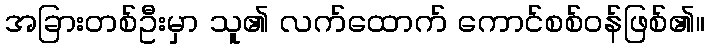
အခြားတစ်ဦးမှာ သူ၏ လက်ထောက် ကောင်စစ်ဝန်ဖြစ်၏။